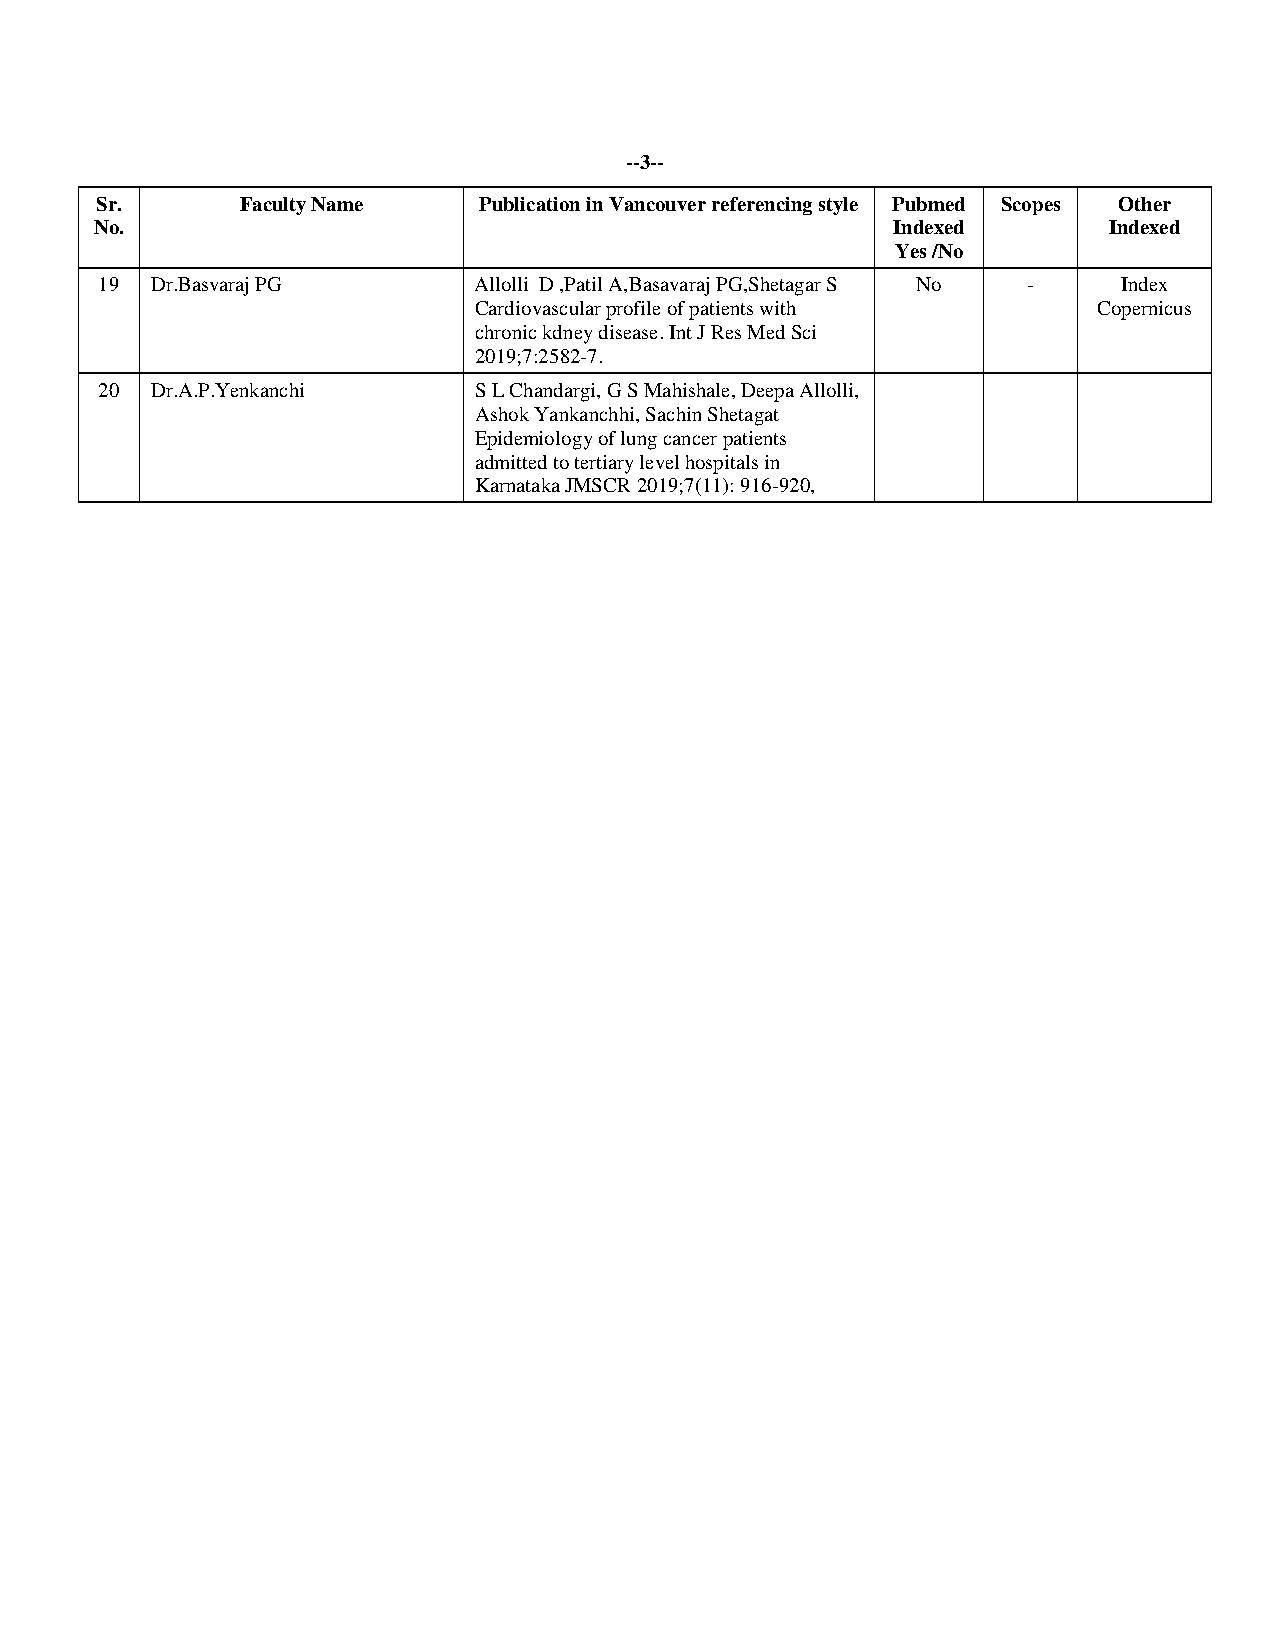
--3--
 Sr.       Faculty Name    Publication in Vancouver referencing style Pubmed Scopes Other
 No.                                                  Indexed       Indexed
 Yes /No
 19 Dr.Basvaraj PG       Allolli D ,Patil A,Basavaraj PG,Shetagar S No - Index
 Cardiovascular profile of patients with   Copernicus
 chronic kdney disease. Int J Res Med Sci
 2019;7:2582-7.
 20 Dr.A.P.Yenkanchi     S L Chandargi, G S Mahishale, Deepa Allolli,
 Ashok Yankanchhi, Sachin Shetagat
 Epidemiology of lung cancer patients
 admitted to tertiary level hospitals in
 Karnataka JMSCR 2019;7(11): 916-920,